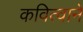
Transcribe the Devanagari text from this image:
कवित्वाने